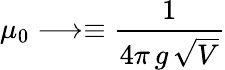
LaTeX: \mu_{0}\longrightarrow\equiv{\frac{1}{4\pi\, g\, \sqrt V}}